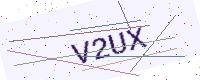
Text: V2UX